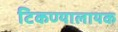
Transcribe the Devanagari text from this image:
टिकण्यालायक